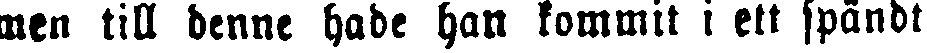
men till denne hade han kommit i ett spändt